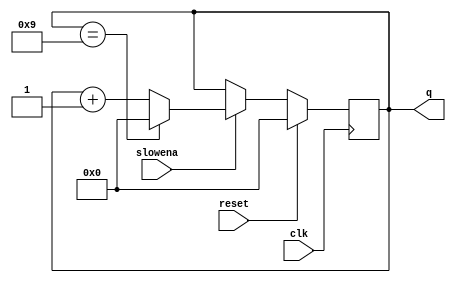
// https://hdlbits.01xz.net/wiki/Countslow

module top_module (
    input clk,
    input slowena,
    input reset,
    output reg [3:0] q);

    always @(posedge clk) begin
        if (reset)
            q <= 4'd0;
        else if (slowena)
            q <= q == 4'd9 ? 4'd0 : q + 4'd1;
    end
endmodule